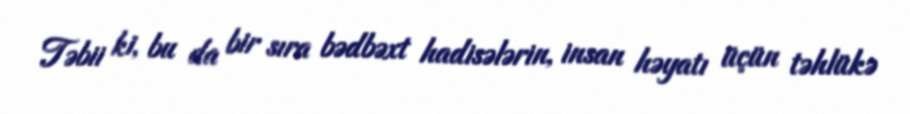
Təbii ki, bu da bir sıra bədbəxt hadisələrin, insan həyatı üçün təhlükə